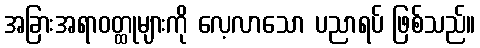
အခြားအရာဝတ္ထုများကို လေ့လာသော ပညာရပ် ဖြစ်သည်။